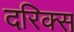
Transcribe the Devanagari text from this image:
दरिक्स